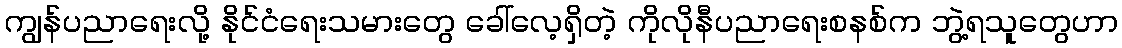
ကျွန်ပညာရေးလို့ နိုင်ငံရေးသမားတွေ ခေါ်လေ့ရှိတဲ့ ကိုလိုနီပညာရေးစနစ်က ဘွဲ့ရသူတွေဟာ